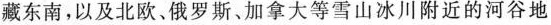
藏东南，以及北欧、俄罗斯、加拿大等雪山冰川附近的河谷地